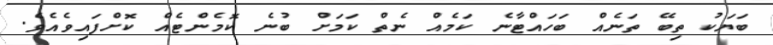
ބަޔަކު ތިބޭ ތަނެއް ބަހައްޓާނެ ކަމެއް ނެތް ކަމަށް ބުނެ ކޮމެންޓެއް ކޮށްފައިވެއެވެ.